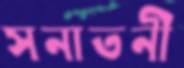
সনাতনী